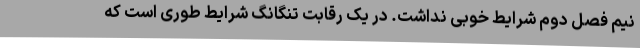
نیم فصل دوم شرایط خوبی نداشت. در یک رقابت تنگانگ شرایط طوری است که